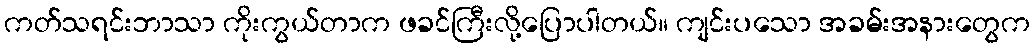
ကတ်သရင်းဘာသာ ကိုးကွယ်တာက ဖခင်ကြီးလို့ပြောပါတယ်။ ကျင်းပသော အခမ်းအနားတွေက